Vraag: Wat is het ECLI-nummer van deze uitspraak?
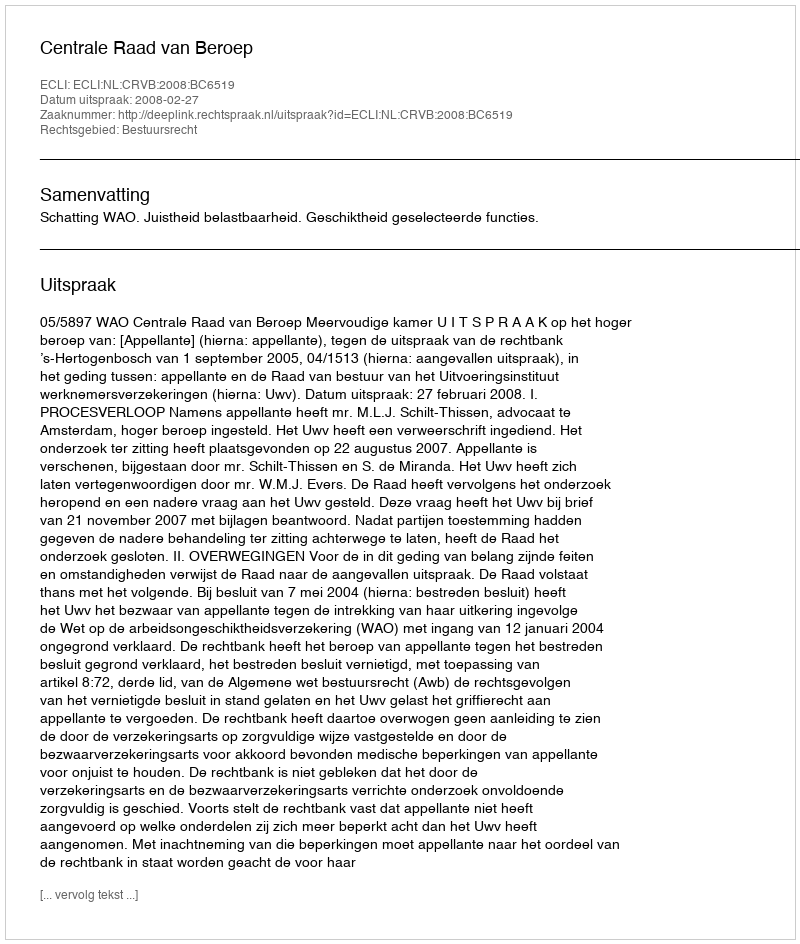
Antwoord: ECLI:NL:CRVB:2008:BC6519